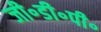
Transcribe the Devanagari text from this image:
जी॰डी॰पी॰